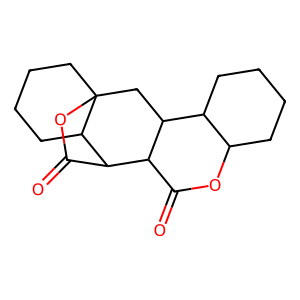
SMILES: O=C1OC2CCCCC2C2CC34CCCCC3C(C(=O)O4)C12
Inhibits HIV replication: No